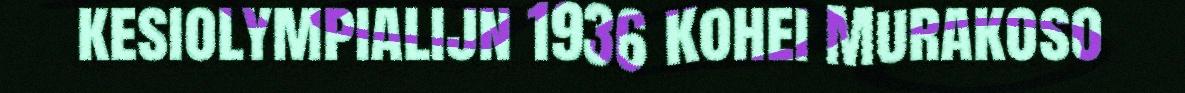
kesiolympialijn 1936 Kohei Murakoso